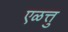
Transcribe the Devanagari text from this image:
एळत्तु